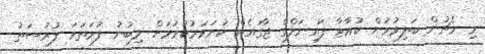
މި މެޗުން ބަލިވުމުން ކުއާޓާ ފައިނަލްގެ ޖާގައެއް ކަށަވަރުކުރުމަށް ލިބުނު ފުރަތަމަ ފުރުސަތު